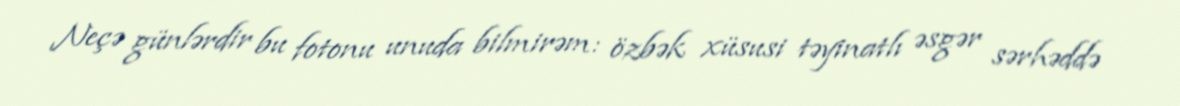
Neçə günlərdir bu fotonu unuda bilmirəm: özbək xüsusi təyinatlı əsgər sərhəddə